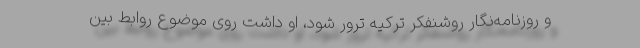
و روزنامه‌نگار روشنفکر ترکیه ترور شود، او داشت روی موضوع روابط بین